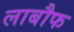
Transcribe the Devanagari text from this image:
लाबौफ